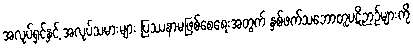
အလုပ်ရှင်နှင့် အလုပ်သမားများ ပြဿနာမဖြစ်စေရေးအတွက် နှစ်ဖက်သဘောတူပဋိဉာဉ်များကို